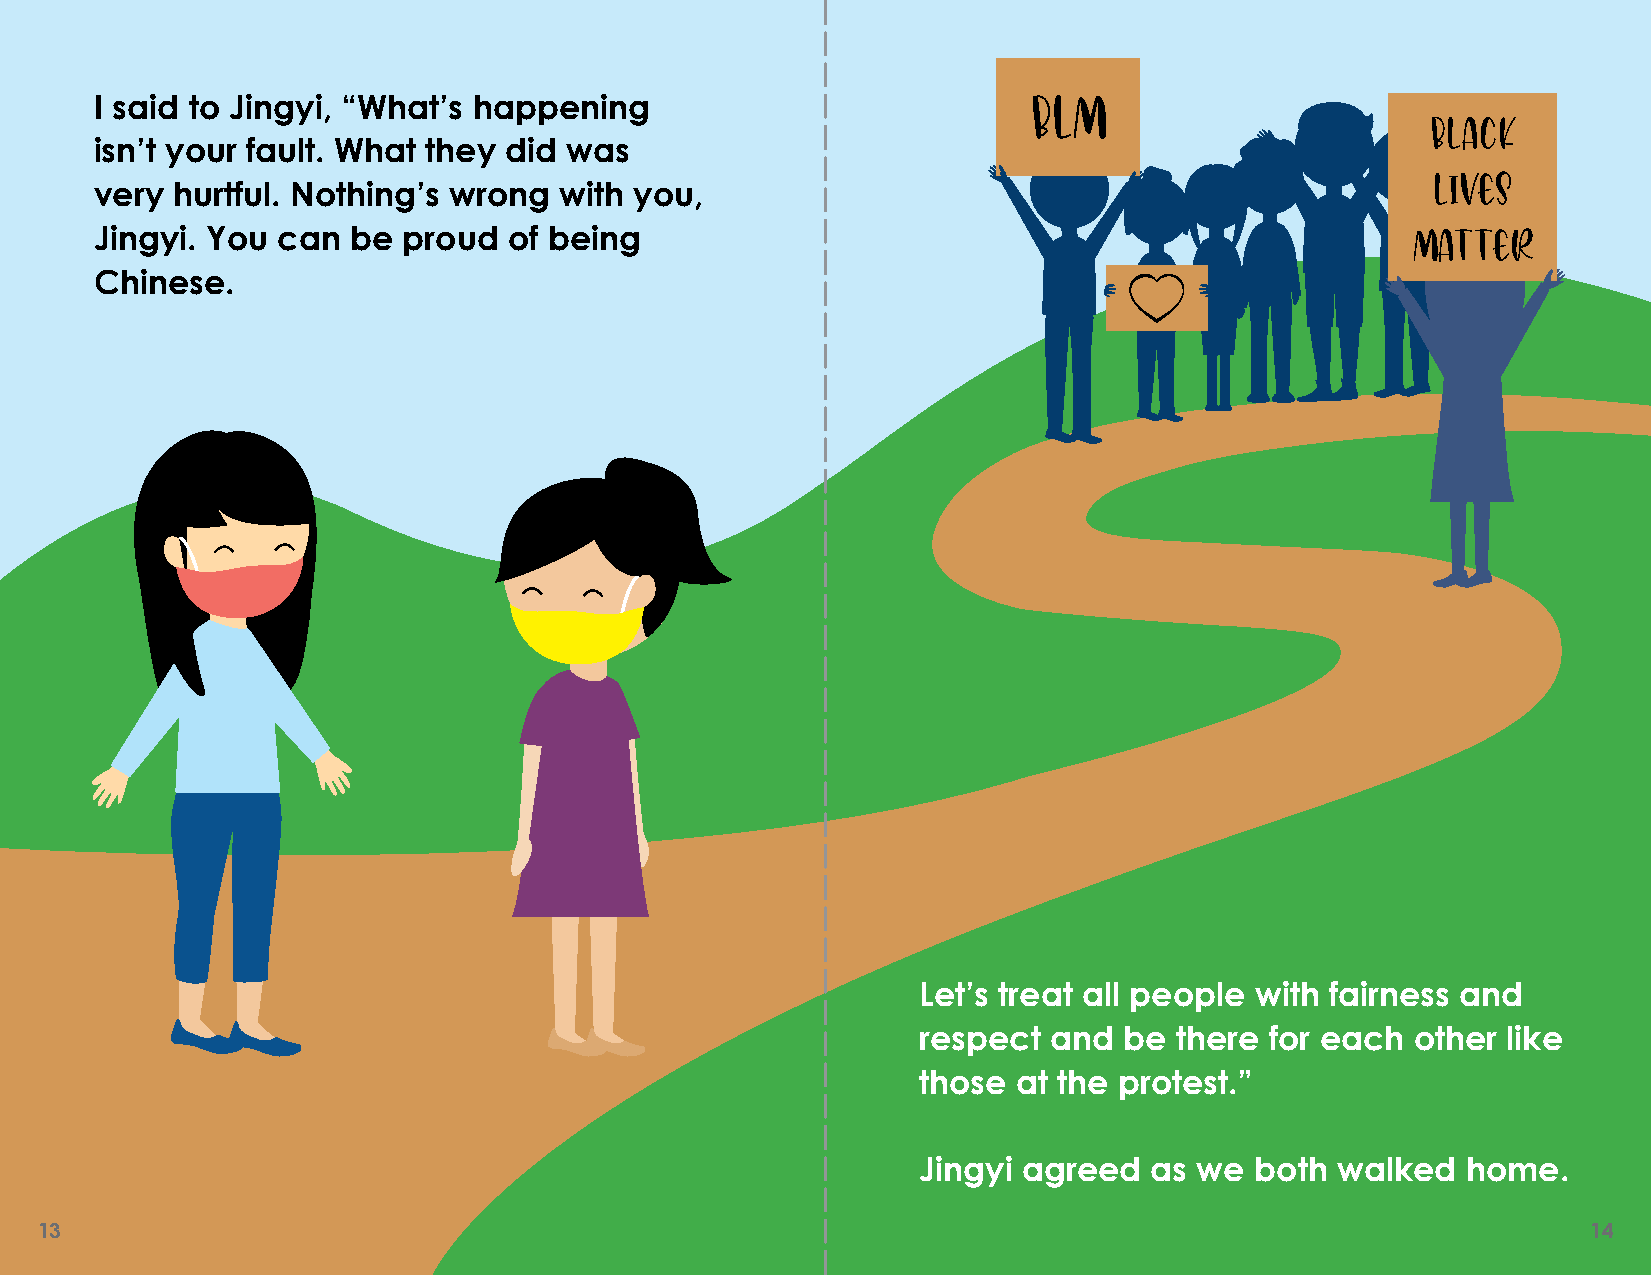
I said to Jingyi, “What’s happening                           BLM
 BLACK
 isn’t your fault. What they did was
 LIVES
 very hurtful. Nothing’s wrong  with you,
 Jingyi. You can  be  proud  of being                                                   Matter
 Chinese.
 Let’s treat all people with fairness and
 respect and  be  there for each  other like
 those at the protest.”
 Jingyi agreed  as we  both walked   home.
 13                                                                                                     14